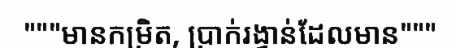
"""មានកម្រិត, ប្រាក់រង្វាន់ដែលមាន"""